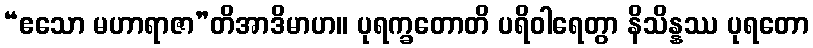
“ဧသော မဟာရာဇာ”တိအာဒိမာဟ။ ပုရက္ခတောတိ ပရိဝါရေတွာ နိသိန္နဿ ပုရတော